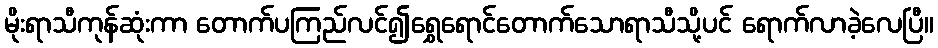
မိုးရာသီကုန်ဆုံးကာ တောက်ပကြည်လင်၍ရွှေရောင်တောက်သောရာသီသို့ပင် ရောက်လာခဲ့လေပြီ။